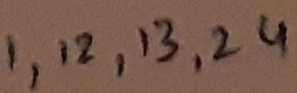
Text: 1,12,13,24